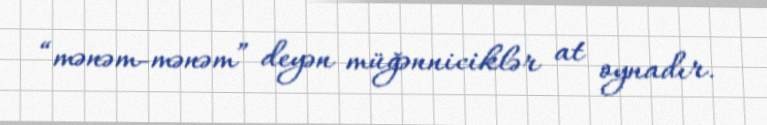
“mənəm-mənəm” deyən müğənniciklər at oynadır.